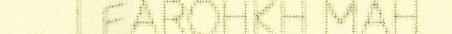
LEAROHKH MAH